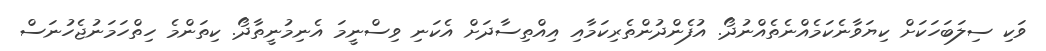
ވަކި ސިލަބަހަކަށް ކިޔަވާނެކަމެއްނެތެއްނުދޯ. އުފެންދުންތެރިކަމާއި އިއްތިސާދަށް އެކަނި ވިސްނީމަ އެނިމުނީތާދޯ. ކިތަންމެ ހިތްހަމަނުޖެހުނަސް